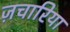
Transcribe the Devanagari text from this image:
ज़चारिया